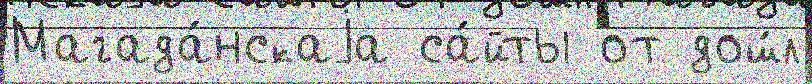
Магада́нскаjа са́йты от дош́л